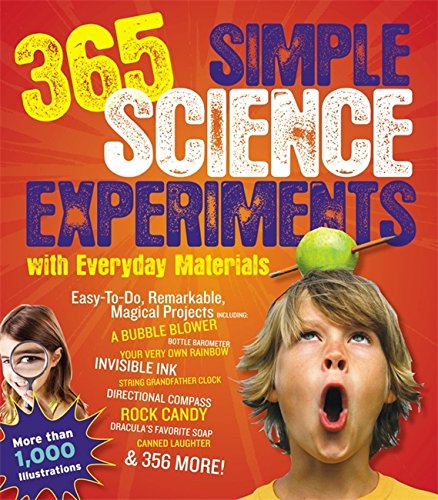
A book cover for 365 Simple Science Experiments With Everyday Materials; E. Richard Churchill; Children's Books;